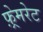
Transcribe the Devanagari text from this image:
फ़्रेमरेट